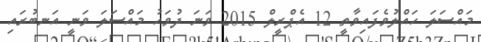
މައްސަލަ ހައްލުވެފައިވާތީ 12 އެޕްރީލް 2015 ވަނަ ދުވަހު މައްސަލަ ވަނީ އަނބުރައި